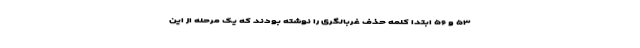
۵۳ و ۵۶ ابتدا کلمه حذف غربالگری را نوشته بودند که یک مرحله از این